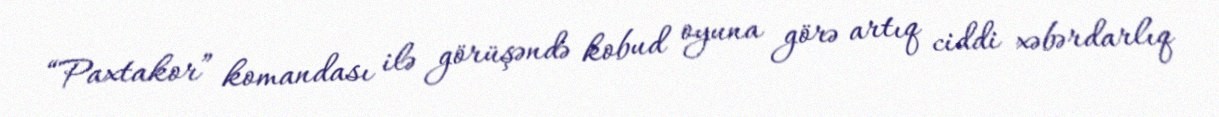
“Paxtakor” komandası ilə görüşəndə kobud oyuna görə artıq ciddi xəbərdarlıq